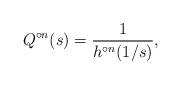
LaTeX: \begin{align*}Q^{\circ n}(s)=\dfrac{1}{h^{\circ n}(1/s)},\end{align*}